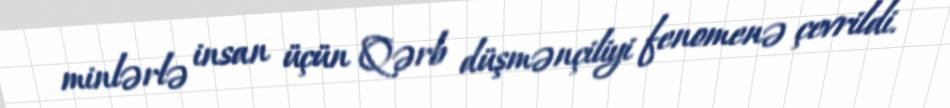
minlərlə insan üçün Qərb düşmənçiliyi fenomenə çevrildi.